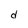
Character: d